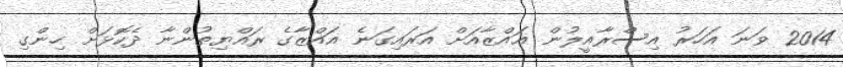
2014 ވަނަ އަހަރު އިސްރާއީލުން ޣައްޒާއަށް އަރައިގަނެ ޣައްޒާގެ ރައްޔިތުންނާ ދެކޮޅަށް ހިންގި